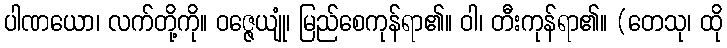
ပါဏယော၊ လက်တို့ကို။ ဝဇ္ဇေယျုံ၊ မြည်စေကုန်ရာ၏။ ဝါ၊ တီးကုန်ရာ၏။ (တေသု၊ ထို